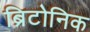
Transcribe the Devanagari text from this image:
ब्रिटोनिक